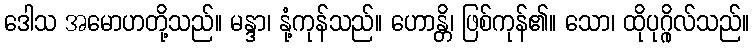
ဒေါသ အမောဟတို့သည်။ မန္ဒာ၊ နုံ့ကုန်သည်။ ဟောန္တိ၊ ဖြစ်ကုန်၏။ သော၊ ထိုပုဂ္ဂိုလ်သည်။